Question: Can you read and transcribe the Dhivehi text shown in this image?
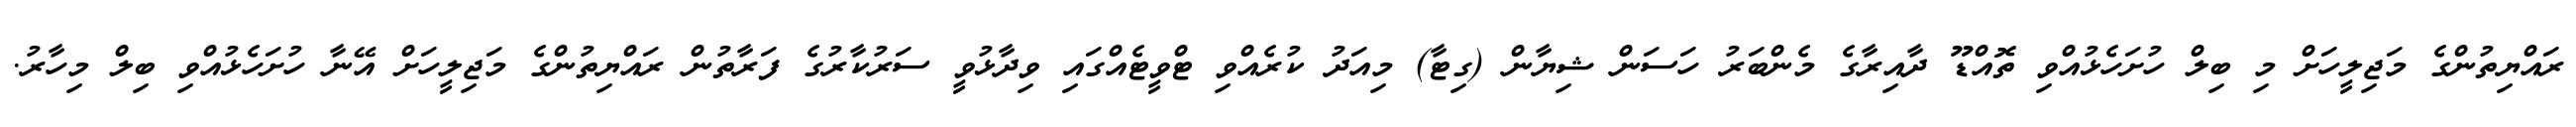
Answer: ރައްޔިތުންގެ މަޖިލީހަށް މި ބިލް ހުށަހެޅުއްވި ތޮއްޑޫ ދާއިރާގެ މެންބަރު ހަސަން ޝިޔާން (ގިޓާ) މިއަދު ކުރެއްވި ޓްވީޓެއްގައި ވިދާޅުވީ ސަރުކާރުގެ ފަރާތުން ރައްޔިތުންގެ މަޖިލީހަށް އޭނާ ހުށަހެޅުއްވި ބިލް މިހާރު.